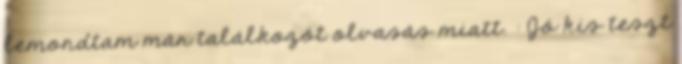
lemondtam már találkozót olvasás miatt. : Jó kis teszt